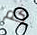
كم